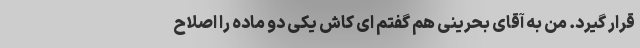
قرار گیرد. من به آقای بحرینی هم گفتم ای کاش یکی دو ماده را اصلاح